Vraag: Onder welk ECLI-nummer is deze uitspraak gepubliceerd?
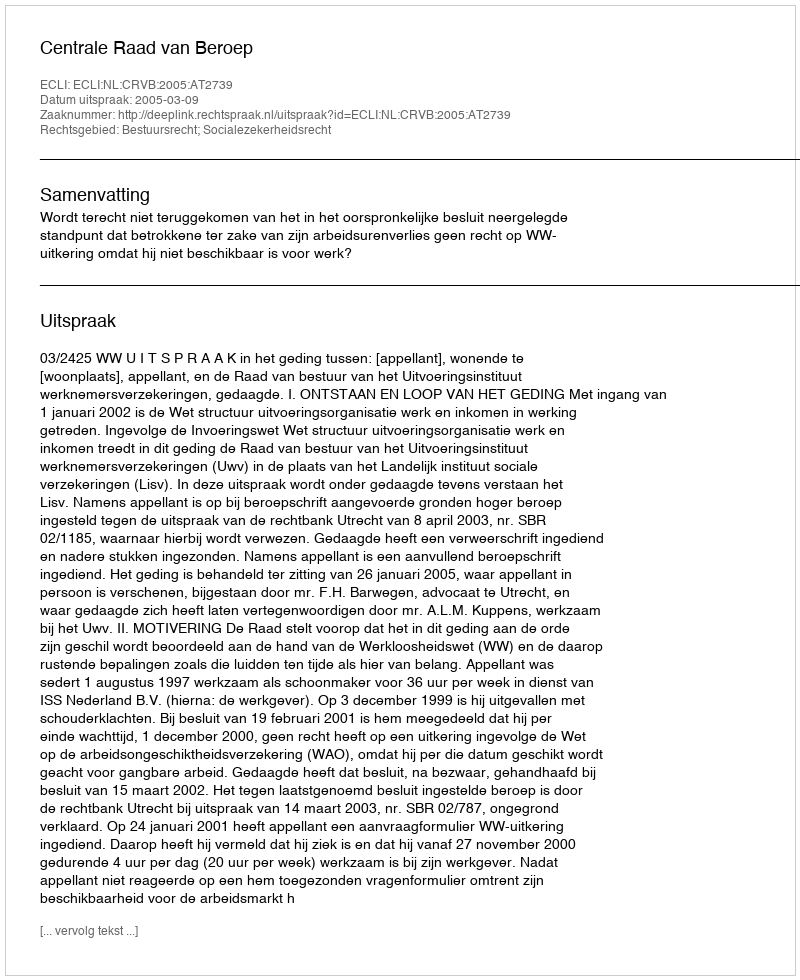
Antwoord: ECLI:NL:CRVB:2005:AT2739